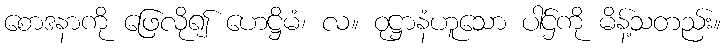
စောဒနာကို ဖြေလို၍ ဟေဋ္ဌိမံ၊ လ။ ဝုဋ္ဌာနံဟူသော ပါဌ်ကို မိန့်သတည်း။